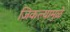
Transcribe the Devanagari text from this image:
जिकल्यामुळे